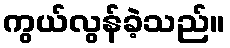
ကွယ်လွန်ခဲ့သည်။